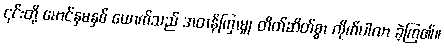
၎င်းတို့ မောင်နှမနှစ် ယောက်သည် အတန်ကြာမျှ တိတ်ဆိတ်စွာ လိုက်ပါလာ ခဲ့ကြ၏။